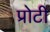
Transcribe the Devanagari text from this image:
प्रोटी